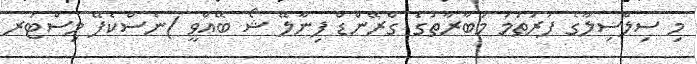
މި ސިލްސިލާގެ ފުރަތަމަ މުބާރާތުގެ ގްރޭންޑް ފިނާލޭ ޝޯ ބޭއްވީ )ނެސްކެފޭ މިސްޓަރ